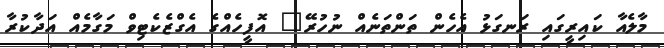
މާލެއާ ކައިރީގައި ރަނގަޅު އެހެން ތަންތަނެއް ނުހުރޭ" އޮފީހެއްގެ އެގްޒެކެޓިވް މަގާމެއް އަދާކުރާ